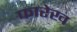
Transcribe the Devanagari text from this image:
फारेख